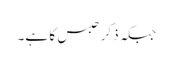
جبکہ ذکر حبس کا ہے۔